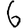
Digit: 6